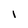
Character: I